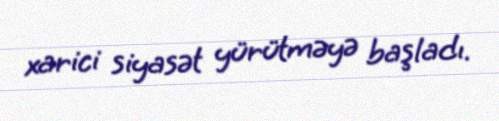
xarici siyasət yürütməyə başladı.